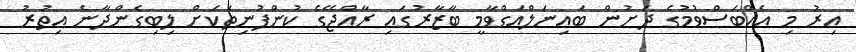
އިރު މި އެއްބަސްވުމުގެ ދަށުން ބައިނަލްއަގްވާމީ ބާޒާރުގައި ރާއްޖޭގެ ކުންފުނިތަކަށް ލިބިގެންދާނެ އިތުރު